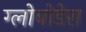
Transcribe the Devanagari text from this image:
ग्लोबोडेरा